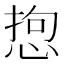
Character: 𢛑